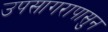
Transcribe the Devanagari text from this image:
उपसागरापासुन